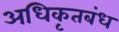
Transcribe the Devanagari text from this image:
अधिकृतबंध